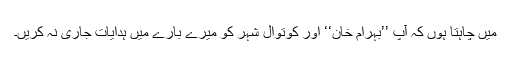
میں چاہتا ہوں کہ آپ ’’بہرام خان‘‘ اور کوتوال شہر کو میرے بارے میں ہدایات جاری نہ کریں۔